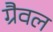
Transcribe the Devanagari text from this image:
ग्रैवल